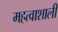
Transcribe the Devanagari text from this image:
महत्वाशाली